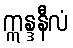
ဣန္ဒနီလံ